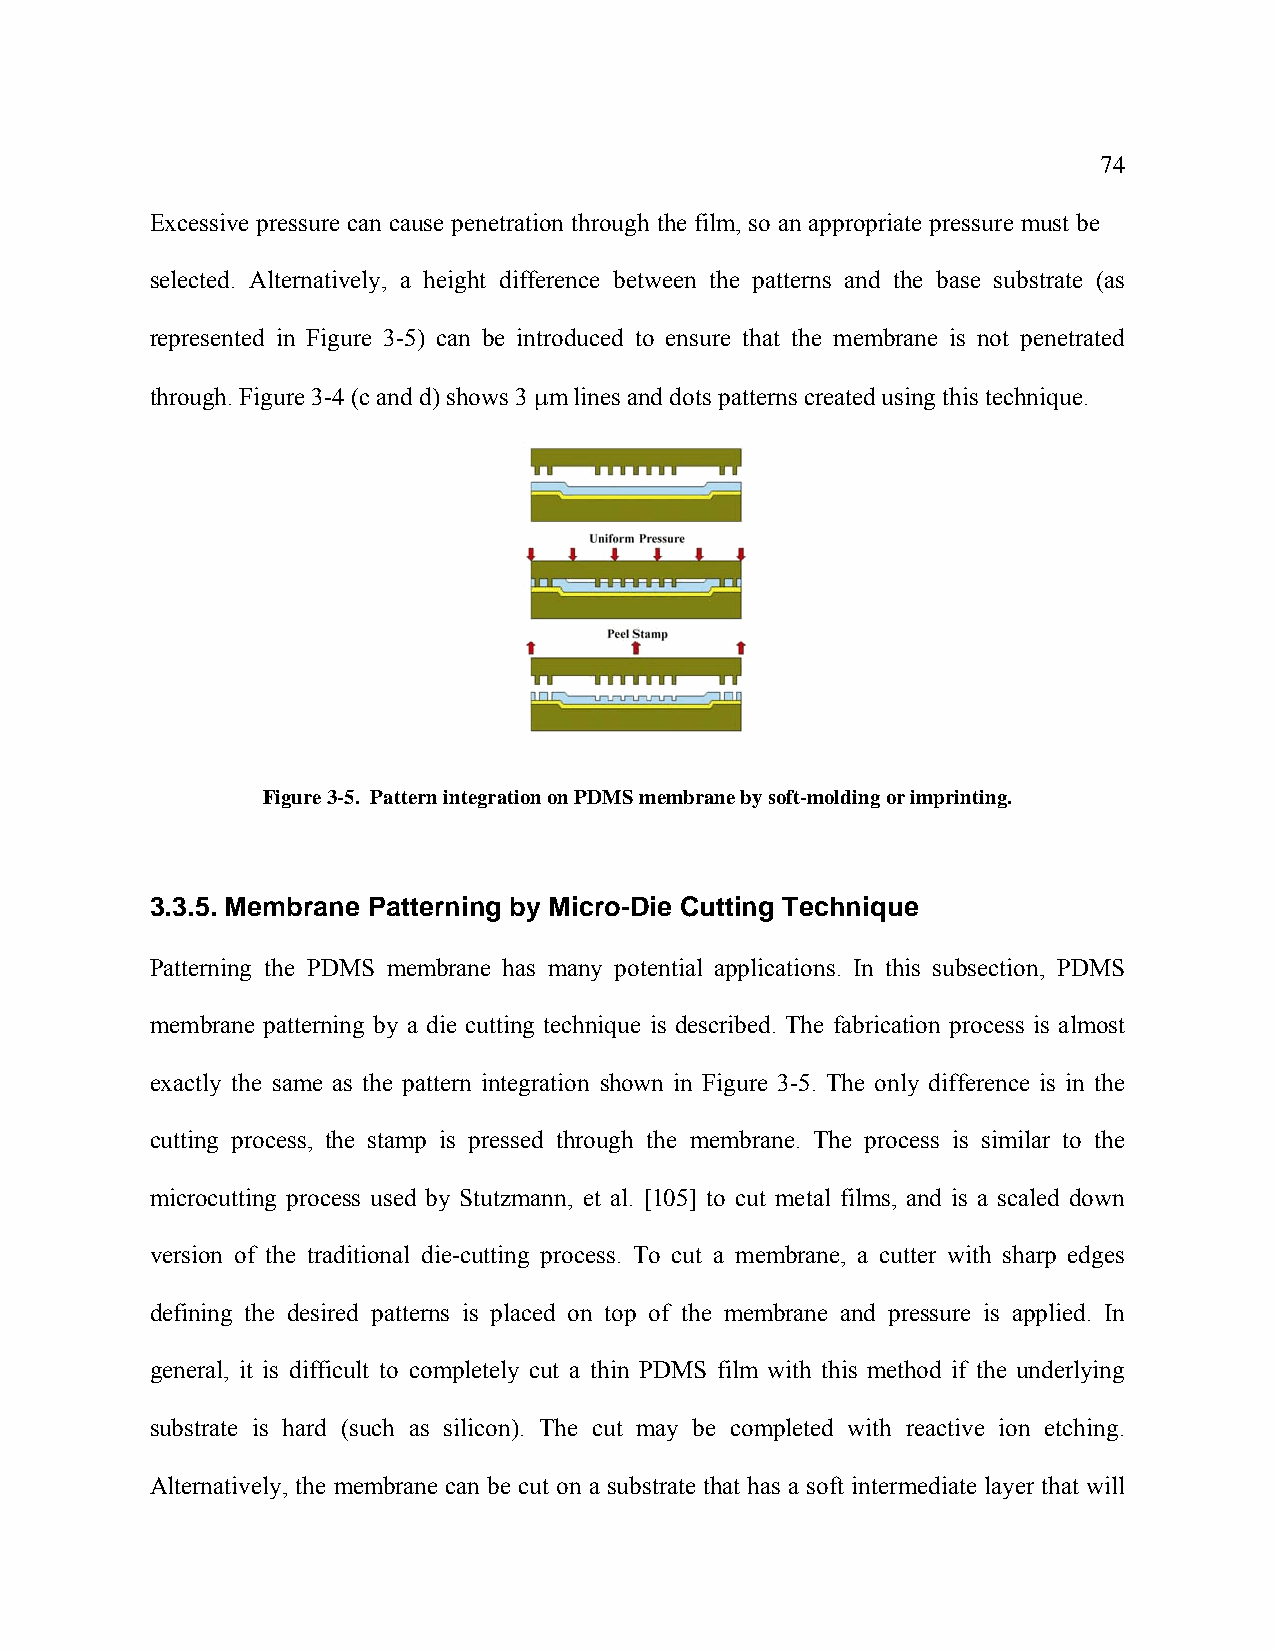
74
 Excessive pressure can cause penetration through the film, so an appropriate pressure must be
 selected. Alternatively, a height difference between the patterns and the base substrate (as
 represented in Figure 3-5) can be introduced to ensure that the membrane is not penetrated
 through. Figure 3-4 (c and d) shows 3 μm lines and dots patterns created using this technique.
 Figure 3-5. Pattern integration on PDMS membrane by soft-molding or imprinting.
 3.3.5. Membrane Patterning by Micro-Die Cutting Technique
 Patterning the PDMS membrane has many potential applications. In this subsection, PDMS
 membrane patterning by a die cutting technique is described. The fabrication process is almost
 exactly the same as the pattern integration shown in Figure 3-5. The only difference is in the
 cutting process, the stamp is pressed through the membrane. The process is similar to the
 microcutting process used by Stutzmann, et al. [105] to cut metal films, and is a scaled down
 version of the traditional die-cutting process. To cut a membrane, a cutter with sharp edges
 defining the desired patterns is placed on top of the membrane and pressure is applied. In
 general, it is difficult to completely cut a thin PDMS film with this method if the underlying
 substrate is hard (such as silicon). The cut may be completed with reactive ion etching.
 Alternatively, the membrane can be cut on a substrate that has a soft intermediate layer that will